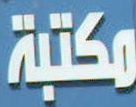
مكتبة